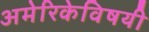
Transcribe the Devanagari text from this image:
अमेरिकेविषयी